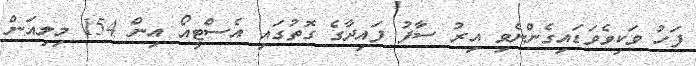
ފަހު ވަކިވެވަޑައިގެންނެވި އިރު ސާފު ފައިދާގެ ގޮތުގައި އެސްޓީއޯ އިން 154 މިލިއަން